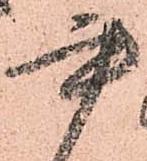
書